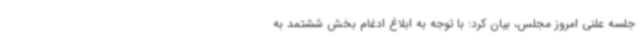
جلسه علنی امروز مجلس، بیان کرد: با توجه به ابلاغ ادغام بخش ششتمد به